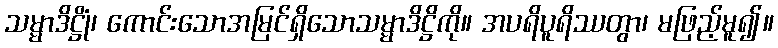
သမ္မာဒိဋ္ဌိုံ၊ ကောင်းသောအမြင်ရှိသောသမ္မာဒိဋ္ဌိကို။ အပရိပူရိဿတွာ၊ မဖြည့်မူ၍။